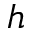
h